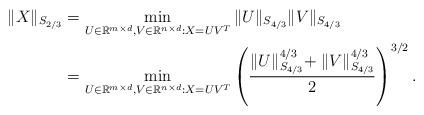
LaTeX: \begin{align*}\|X\|_{S_{2/3}}&=\min_{U\in\mathbb{R}^{m\times d},V\in\mathbb{R}^{n\times d}:X=UV^{T}}\|U\|_{S_{4/3}}\|V\|_{S_{4/3}}\\&=\min_{U\in\mathbb{R}^{m\times d},V\in\mathbb{R}^{n\times d}:X=UV^{T}}\left(\frac{\|U\|^{4/3}_{S_{4/3}}\!+\|V\|^{4/3}_{S_{4/3}}}{2}\right)^{3/2}.\end{align*}